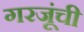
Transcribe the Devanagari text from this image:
गरजूंची